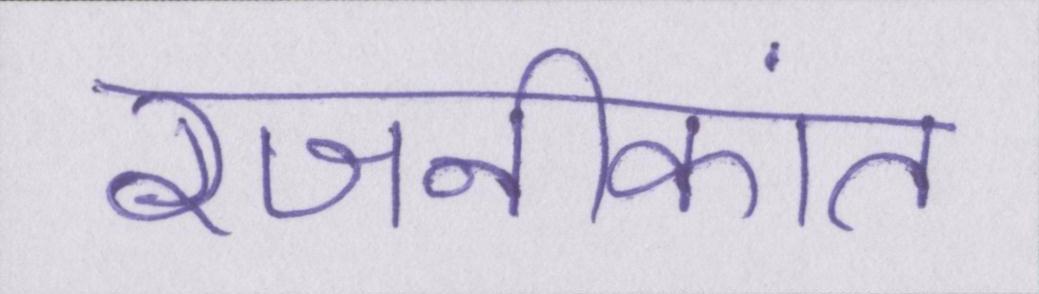
रजनीकांत